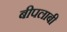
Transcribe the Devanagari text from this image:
बीपलाबी